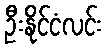
ဦးနိုင်ငံလင်း